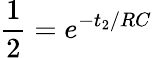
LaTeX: \frac{1}{2}=e^{-t_{2}/RC}